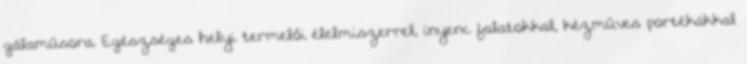
gálaműsora. Egészséges helyi termelői élelmiszerrel, ínyenc falatokkal, kézműves portékákkal